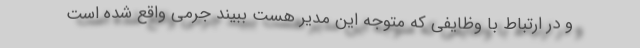
و در ارتباط با وظایفی که متوجه این مدیر هست ببیند جرمی واقع شده است